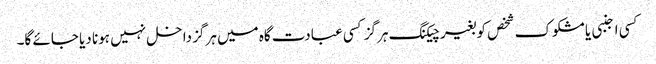
کسی اجنبی یا مشکوک شخص کو بغیر چیکنگ ہرگز کسی عبادت گاہ میں ہرگز داخل نہیں ہونا دیا جائے گا۔